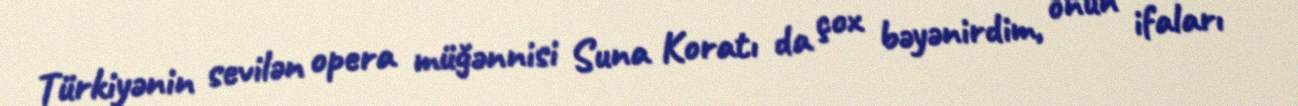
Türkiyənin sevilən opera müğənnisi Suna Koratı da çox bəyənirdim, onun ifaları